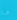
ما